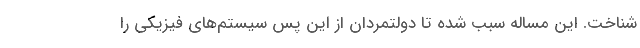
شناخت. این مساله سبب شده تا دولتمردان از این پس سیستم‌های فیزیکی را